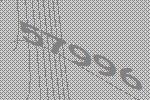
57996